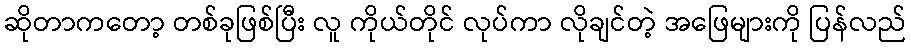
ဆိုတာကတော့ တစ်ခုဖြစ်ပြီး လူ ကိုယ်တိုင် လုပ်ကာ လိုချင်တဲ့ အဖြေများကို ပြန်လည်